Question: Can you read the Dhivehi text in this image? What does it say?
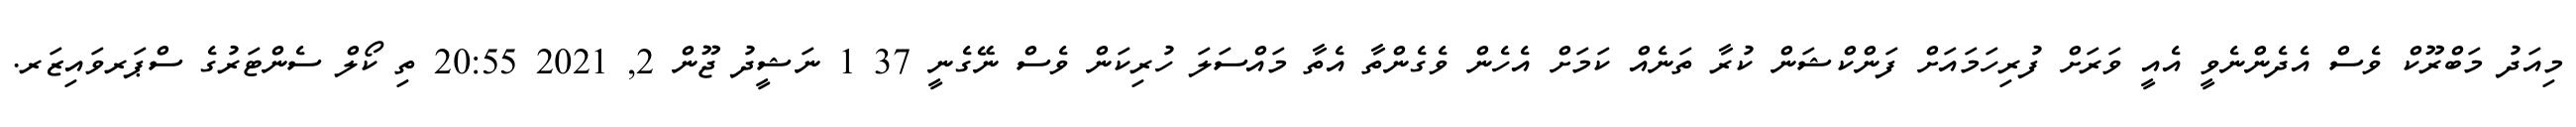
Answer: މިއަދު މަބްރޫކް ވެސް އެދެންނެވީ އެއީ ވަރަށް ފުރިހަމައަށް ފަންކްޝަން ކުރާ ތަނެއް ކަމަށް އެހެން ވެގެންތާ އެތާ މައްސަލަ ހުރިކަން ވެސް ނޭގެނީ 37 1 ނަޝީދު ޖޫން 2, 2021 20:55 ތި ކޯލް ސެންޓަރުގެ ސްޕަރވައިޒަރ.